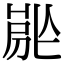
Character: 𡲡